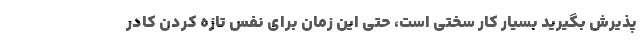
پذیرش بگیرید بسیار کار سختی است، حتی این زمان برای نفس تازه کردن کادر